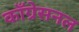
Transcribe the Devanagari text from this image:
काँग्रेसनल